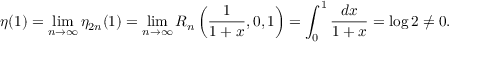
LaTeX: \eta ( 1 ) = \operatorname* { l i m } _ { n \to \infty } \eta _ { 2 n } ( 1 ) = \operatorname* { l i m } _ { n \to \infty } R _ { n } \left( { \frac { 1 } { 1 + x } } , 0 , 1 \right) = \int _ { 0 } ^ { 1 } { \frac { d x } { 1 + x } } = \log 2 \neq 0 .